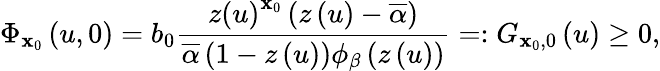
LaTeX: \Phi_{\mathbf{x}_{0}}\left(u,0\right)=b_{0}\frac{{z\left(u\right)^{\mathbf{x}_{0}}\left(z\left(u\right)-\overline{{{\alpha}}}\right)}}{{\overline{{{\alpha}}}\left(1-z\left(u\right)\right)\phi_{\beta}\left(z\left(u\right)\right)}}=:G_{\mathbf{x}_{0},0}\left(u\right)\geq0,